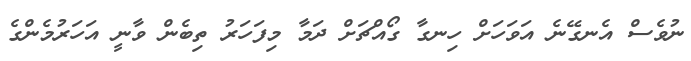
ނުވެސް އެނގޭނެ އަވަހަށް ހިނގާ ގޯއްޗަށް ދަމާ މިފަހަރު ތިބެން ވާނީ އަހަރުމެންގެ